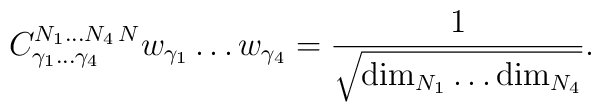
{C}^{N_1\ldots N_4\,N}_{\gamma_1\ldots\gamma_4} w_{\gamma_1}\ldots w_{\gamma_4} = {1\over \sqrt{{\rm dim}_{N_1} \ldots {\rm dim}_{N_4} }}.